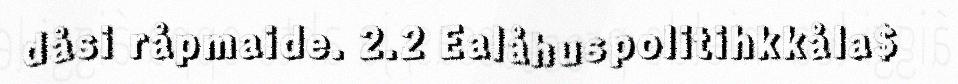
dåsi råpmaide. 2.2 Ealåhuspolitihkkåla$